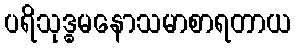
ပရိသုဒ္ဓမနောသမာစာရတာယ